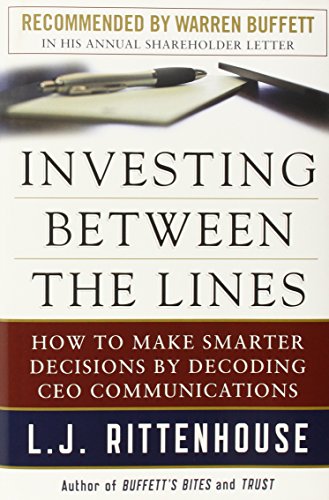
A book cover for Investing Between the Lines: How to Make Smarter Decisions By Decoding CEO Communications; L.J. Rittenhouse; Business & Money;